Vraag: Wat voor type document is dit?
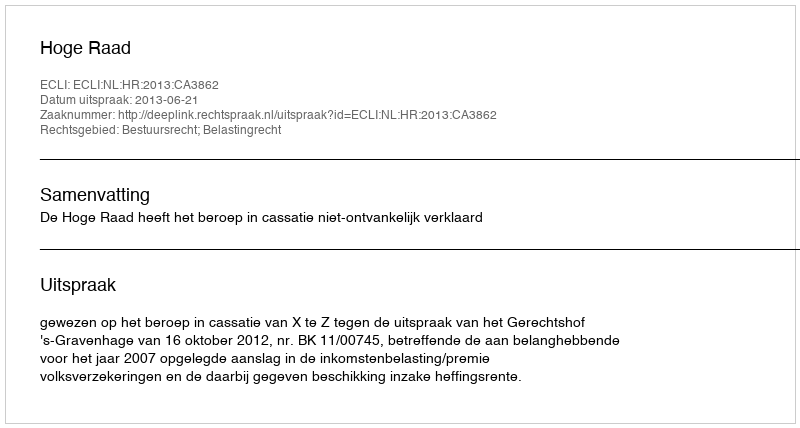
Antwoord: Uitspraak